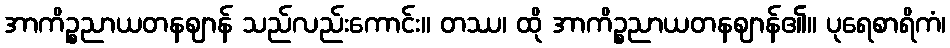
အာကိဉ္စညာယတနဈာန် သည်လည်းကောင်း။ တဿ၊ ထို အာကိဉ္စညာယတနဈာန်၏။ ပုရေစာရိကံ၊